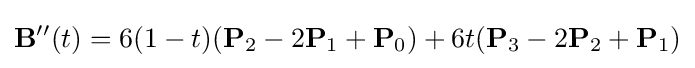
\mathbf {B} ''(t)=6(1-t)(\mathbf {P} _{2}-2\mathbf {P} _{1}+\mathbf {P} _{0})+6t(\mathbf {P} _{3}-2\mathbf {P} _{2}+\mathbf {P} _{1})